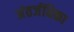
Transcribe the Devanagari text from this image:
अंतर्जधिका